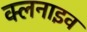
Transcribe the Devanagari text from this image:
क्लनाइव